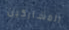
المشاركين